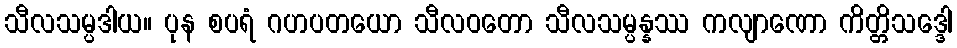
သီလသမ္ပဒါယ။ ပုန စပရံ ဂဟပတယော သီလဝတော သီလသမ္ပန္နဿ ကလျာဏော ကိတ္တိသဒ္ဒေါ